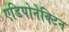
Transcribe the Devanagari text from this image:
एडिपोनेक्टिन